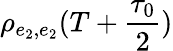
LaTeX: \rho_{e_{2},e_{2}}(T+\frac{\tau_{0}}{2})